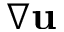
\nabla { \mathbf u }